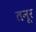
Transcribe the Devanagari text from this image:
तनूर